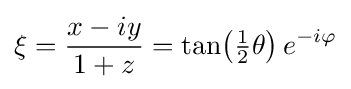
\xi ={\frac {x-iy}{1+z}}={\tan }{\bigl (}{\tfrac {1}{2}}\theta {\bigr )}\,e^{-i\varphi }